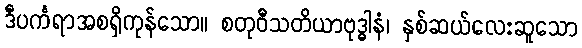
ဒီပင်္ကရာအစရှိကုန်သော။ စတုဝီသတိယာဗုဒ္ဓါနံ၊ နှစ်ဆယ်လေးဆူသော